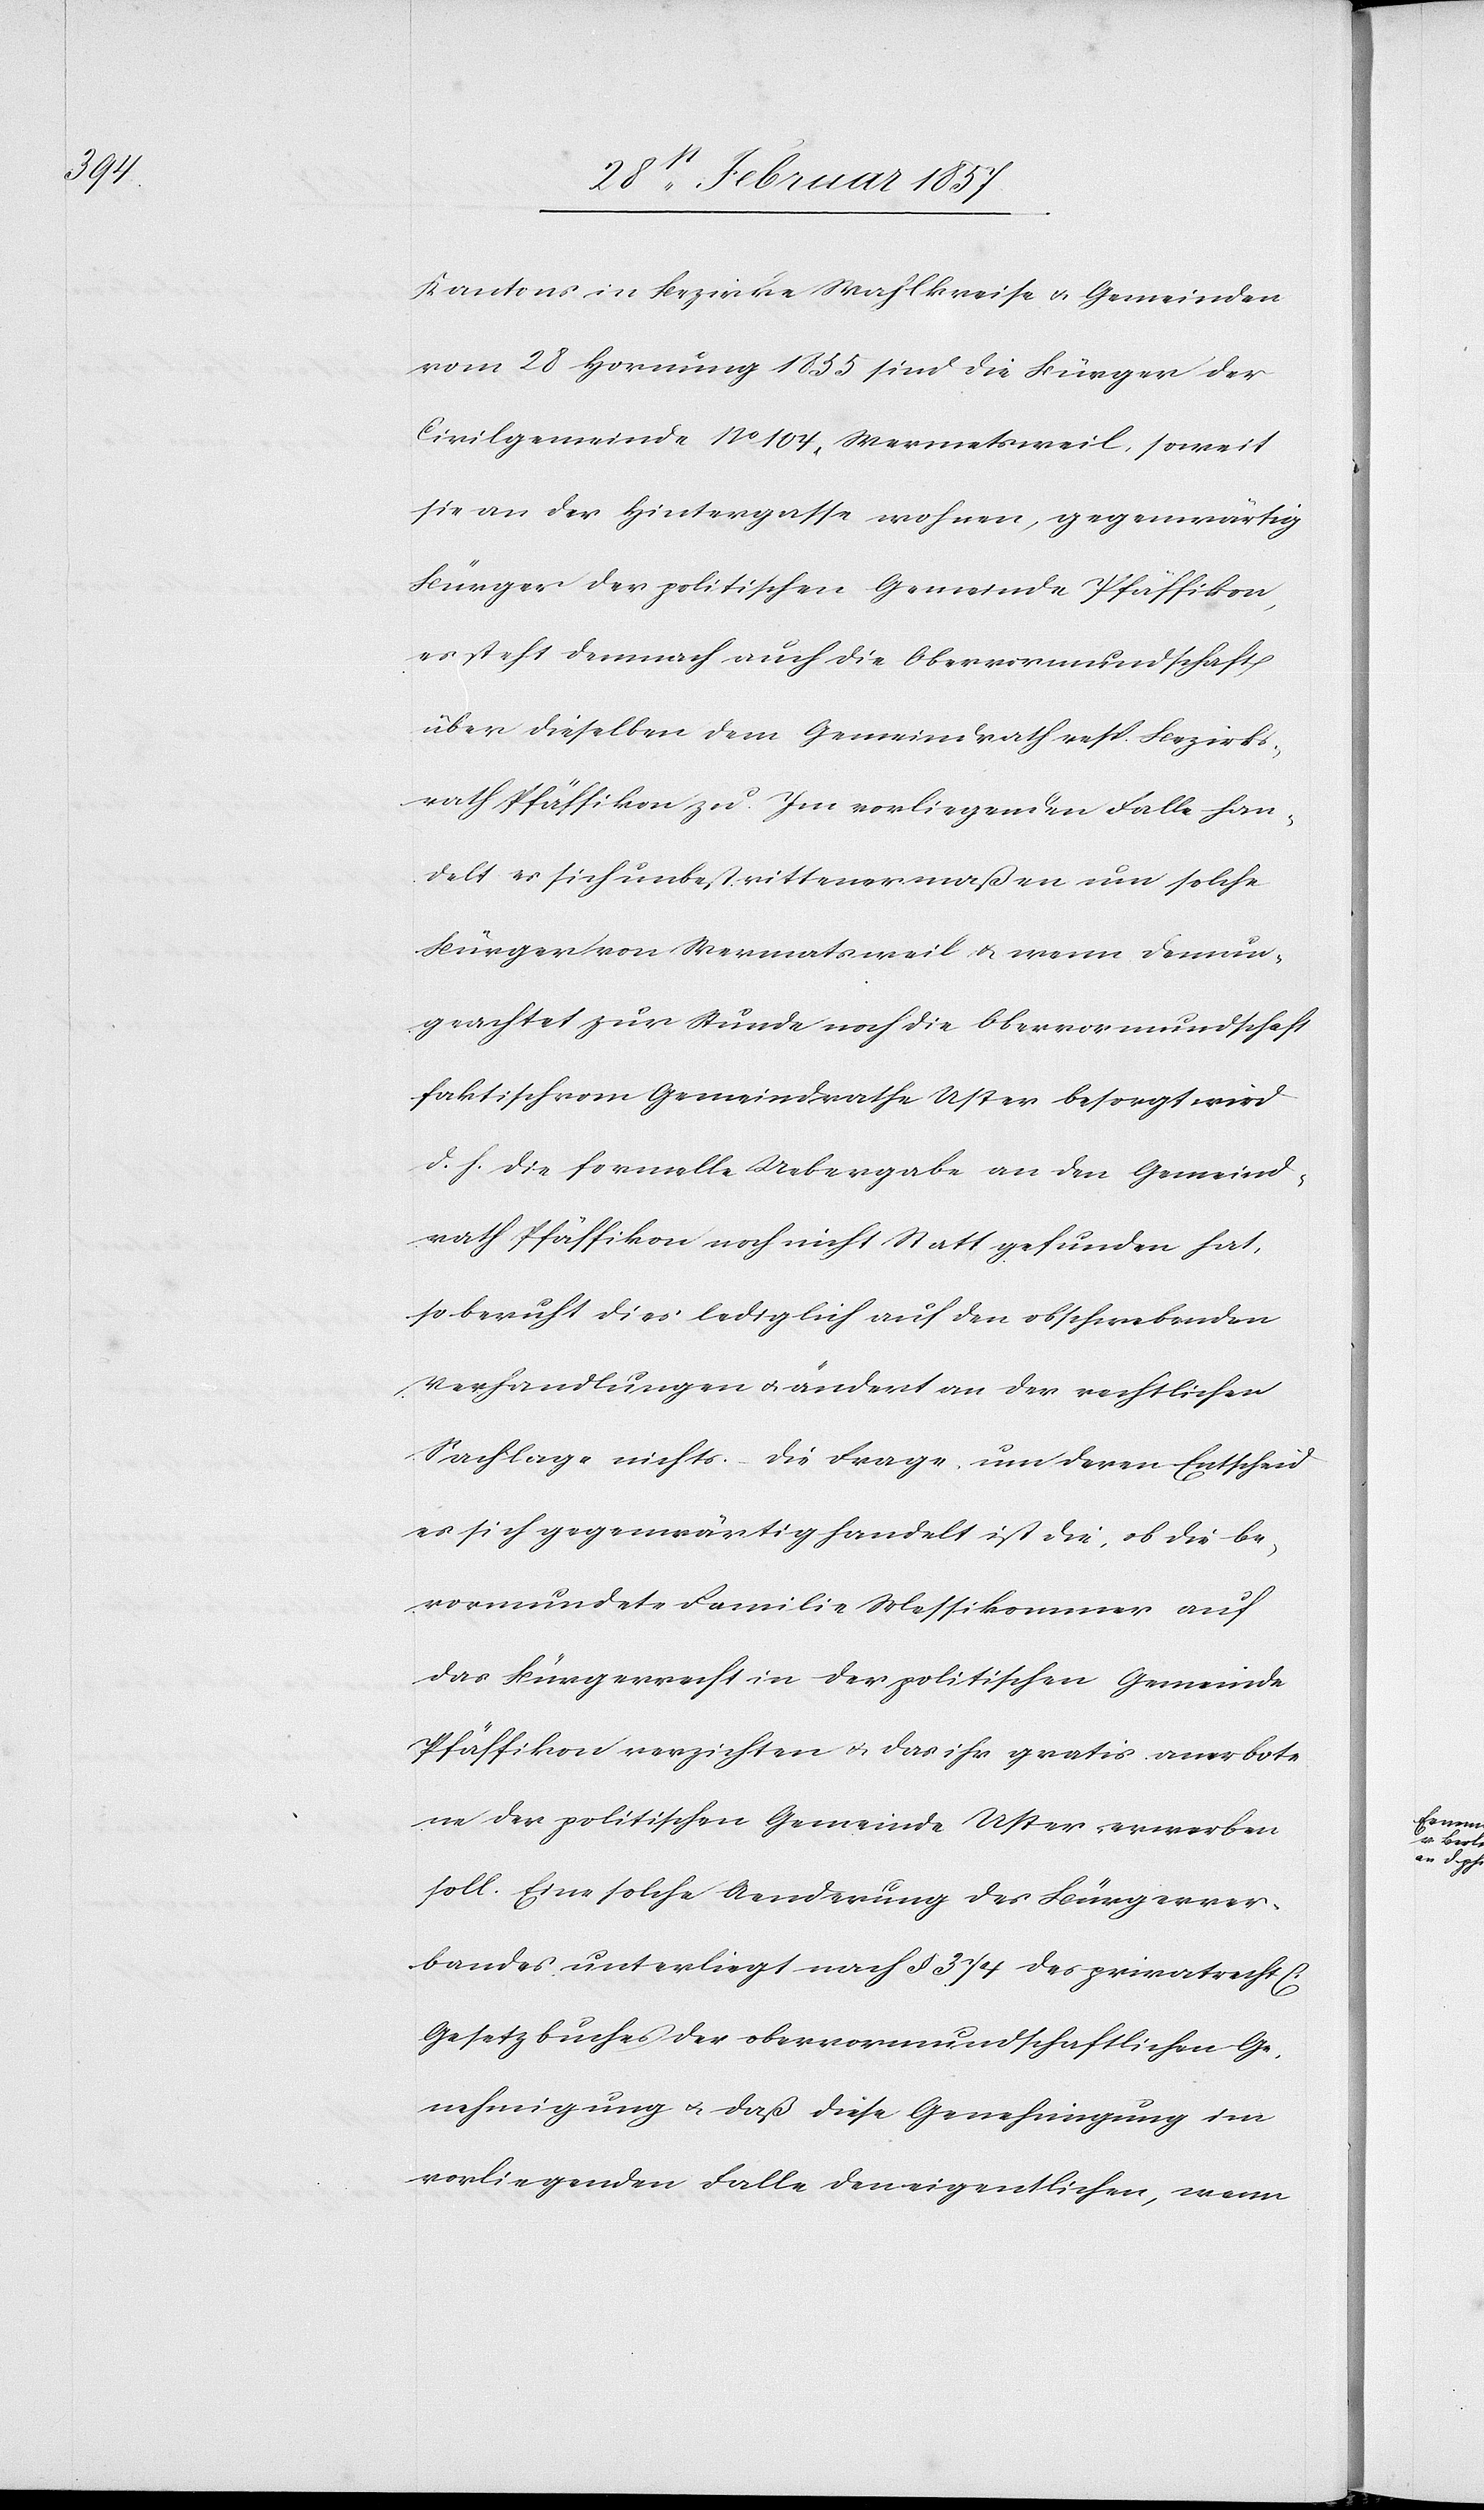
chen]

Kantons in Bezirke[,] Wahlkreise u. Gemeinden
vom 28 Hornung 1855 sind die Bürger der
Civilgemeinde No 104, Wermetsweil, soweit
sie an der Hintergasse wohnen, gegenwärtig
Bürger der politischen Gemeinde Pfäffikon,
es steht demnach auch die Obervormundschaft
über dieselben dem Gemeindrath resp. Bezirks¬
rath Pfäffikon zu. Im vorliegenden Falle han¬
delt es sich unbestrittenermaßen um solche
Bürger von Wermatsweil u. wenn demun¬
geachtet zur Stunde noch die Obervormundschaft
faktisch vom Gemeindrathe Uster besorgt wird
d. h. die formelle Uebergabe an den Gemeind¬
rath Pfäffikon noch nicht Statt gefunden hat,
so beruht dies lediglich auf den obschwebenden
Verhandlungen u. ändert an der rechtlichen
Sachlage nichts. Die Frage um deren Entscheid
es sich gegenwärtig handelt ist die, ob die be¬
vormundete Familie Messikommer auf
das Bürgerrecht in der politischen Gemeinde
Pfäffikon verzichten u. das ihr gratis anerbote¬
ne der politischen Gemeinde Uster erwerben
soll. Eine solche Aenderung des Bürgerver¬
bandes unterliegt nach § 374 des privatrechtl[i¬
Gesetzbuches der obervormundschaftlichen Ge¬
nehmigung u. daß diese Genehmigung im
vorliegenden Falle den eigentlichen, wenn